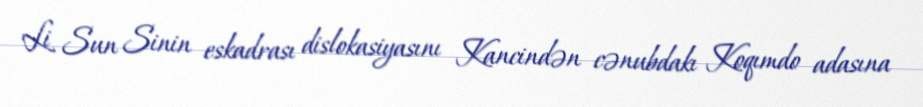
Li Sun Sinin eskadrası dislokasiyasını Kancindən cənubdakı Koqımdo adasına